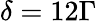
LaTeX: \delta=12\Gamma